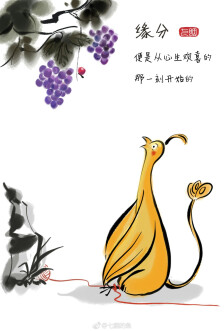
可能无意传双蝶，尽付芳心与蜜房。